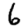
Digit: 6